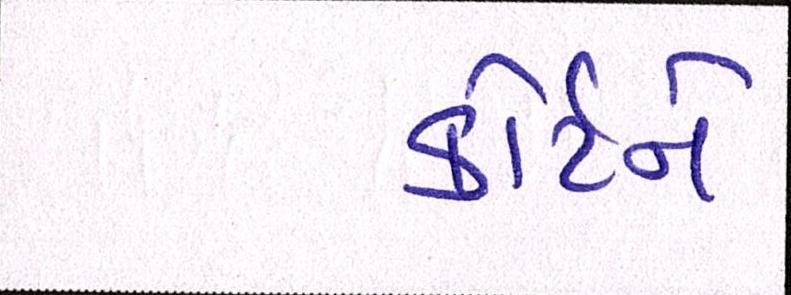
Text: કોર્ટને